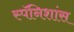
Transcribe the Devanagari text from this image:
स्पॅनिशांस